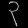
Digit: ၃